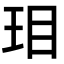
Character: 㺺